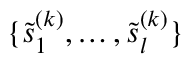
\{ \tilde { s } _ { 1 } ^ { ( k ) } , \ldots , \tilde { s } _ { l } ^ { ( k ) } \}